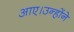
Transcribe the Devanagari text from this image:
आए।उन्होंने